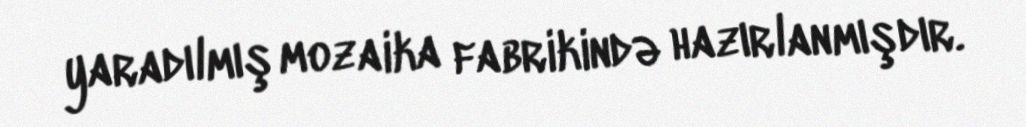
yaradılmış mozaika fabrikində hazırlanmışdır.